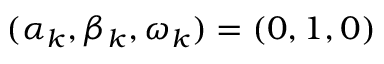
( \alpha _ { k } , \beta _ { k } , \omega _ { k } ) = ( 0 , 1 , 0 )